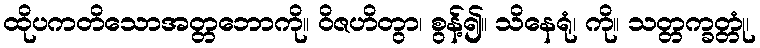
ထိုပကတိသောအတ္တဘောကို။ ဝိဇဟိတွာ၊ စွန့်၍။ သိနေရုံ၊ ကို။ သတ္တက္ခတ္တုံ၊